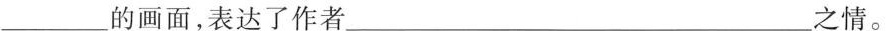
的画面，表达了作者___之情。